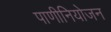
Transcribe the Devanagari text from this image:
पाणीनियोजन